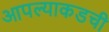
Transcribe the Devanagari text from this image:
आपल्याकडची